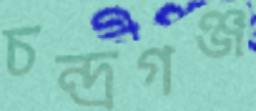
চন্দ্রগঞ্জ